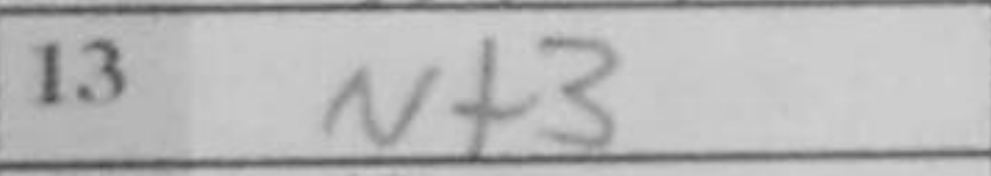
Transcription: Nf3